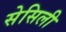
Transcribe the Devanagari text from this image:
सेसिली